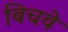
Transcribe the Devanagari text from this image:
बिचवे